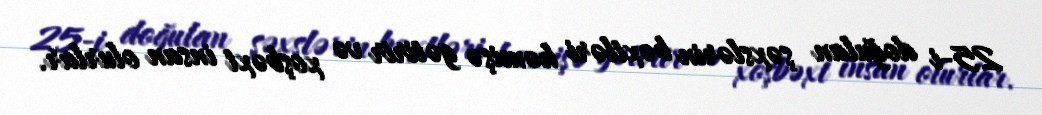
25-i doğulan şəxslərin bəxtləri həmişə gətirir və xoşbəxt insan olurlar.